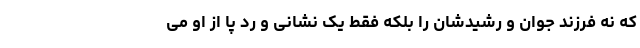
که نه فرزند جوان و رشیدشان را بلکه فقط یک نشانی و رد پا از او می‌